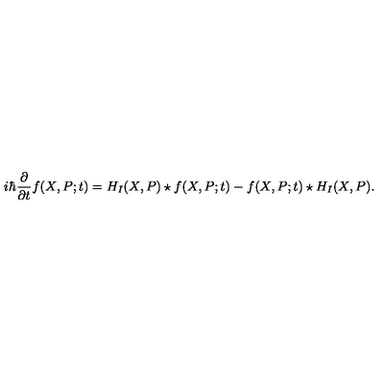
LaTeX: i \hbar \frac { \partial } { \partial t } f ( X , P ; t ) = H _ { I } ( X , P ) \star f ( X , P ; t ) - f ( X , P ; t ) \star H _ { I } ( X , P ) .